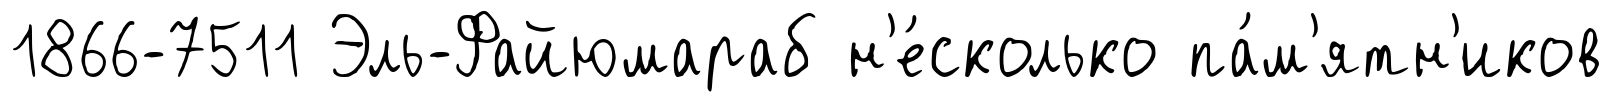
1866-7511 Эль-Файюмараб н'е́сколько па́м'ятн'иков